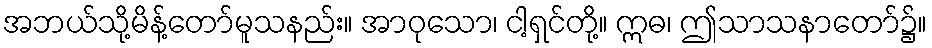
အဘယ်သို့မိန့်တော်မူသနည်း။ အာဝုသော၊ ငါ့ရှင်တို့။ ဣဓ၊ ဤသာသနာတော်၌။